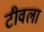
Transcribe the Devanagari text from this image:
टीवला